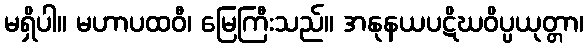
မရှိပါ။ မဟာပထဝီ၊ မြေကြီးသည်။ အနုနယပဋိဃဝိပ္ပယုတ္တာ၊